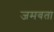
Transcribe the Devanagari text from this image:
जमवता